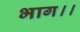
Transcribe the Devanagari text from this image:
भाग।।